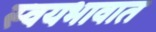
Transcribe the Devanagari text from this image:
स्वयभावात